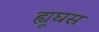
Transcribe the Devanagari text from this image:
ह्यूघस